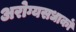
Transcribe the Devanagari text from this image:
अरोग्यसधाकों